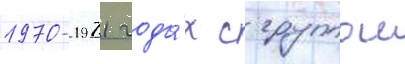
1970-1971 года́х с группои